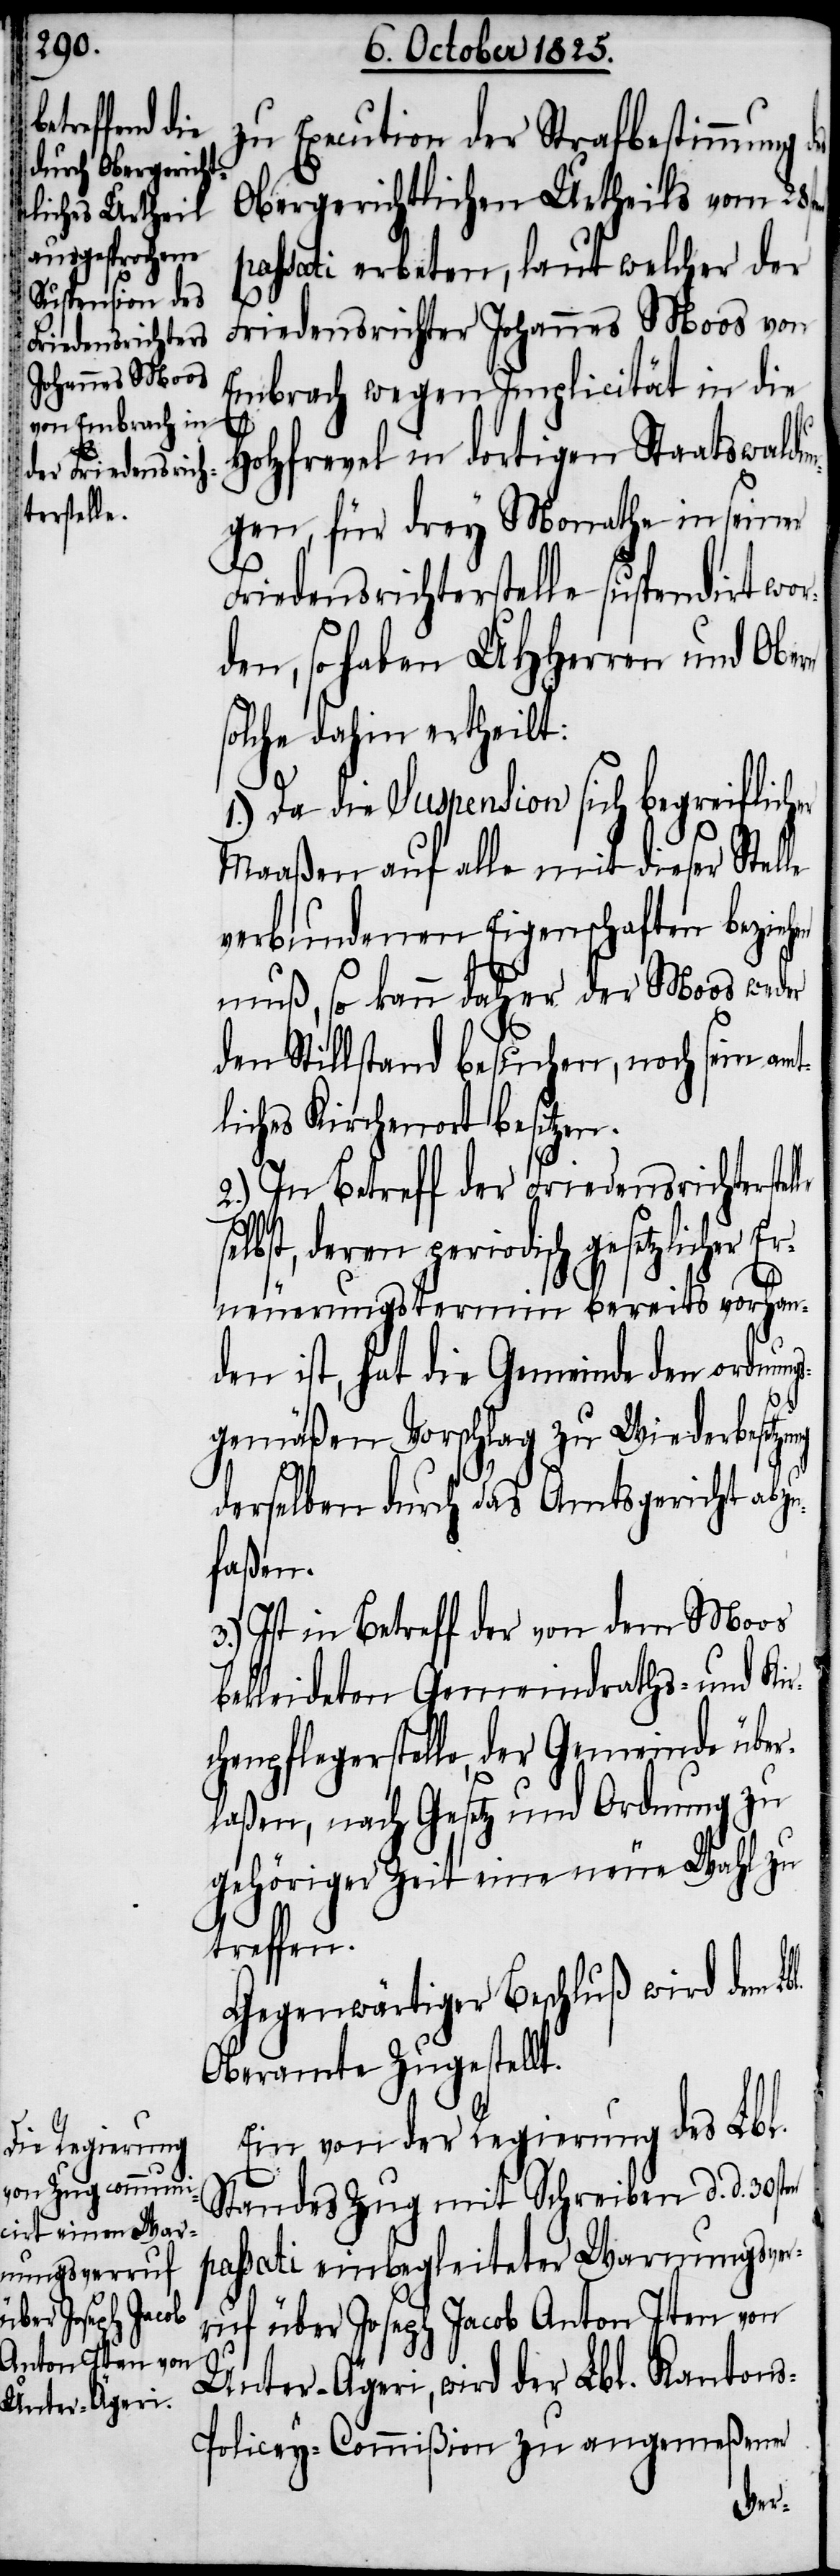
erstelle

zu Execution der Strafbestimmung des
Obergerichtlichen Urtheils von 28sten
passati erbeten, laut welcher der
Friedensrichter Johannes Moos von
Embrach wegen Implicität in die
en
Holzfrevel in dortigen Staatswaldun¬
gen, für drey Monathe in seiner
Friedensrichterstelle suspendirt wor¬
den, so haben UHHerren und Obern
solche dahin ertheilt:
1.) Da die Suspension sich begreiflicher
Maaßen auf alle mit dieser Stelle
verbundenen Eigenschaften bezieh¬
en muß, so kann daher der Moos weder
den Stillstand besuchen, noch sein am¬
liches Kirchenort besitzen.
2.) In Betreff der Friedensricht¬
elbst, deren periodisch gesetzlicher Er¬
neuerungstermin bereits vorhan¬
den ist, hat die Gemeinde den ordnun¬
gsmäßen Vorschlag zu Wiederbesetzu¬
derselben durch das Amtsgericht abzu¬
faßen.
3.) Ist in Betreff der von dem Moos
bekleideten Gemeindraths- und Kir¬
chenpflegerstelle, der Gemeinde über¬
laßen, nach Gesetz und Ordnung zu
gehöriger Zeit eine neue Wahl zu
treffen.
Gegenwärtiger Beschluß wird dem Lb¬
Oberamte zugestell¬
Ein von der Regierung des Lbl.
Standes Zug mit Schreiben d. d. 30st¬
passati einbegleiteter Warnungsver¬
ruf über Joseph Jacob Anton Iten von
Unter-Ägeri, wird der Lbl. Kanton¬
s-Policey-Commißion zu angemeßener